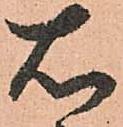
右